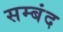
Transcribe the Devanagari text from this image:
सम्बंद